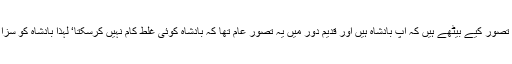
آپ یہ بھی تصور کیے بیٹھے ہیں کہ آپ بادشاہ ہیں اور قدیم دور میں یہ تصور عام تھا کہ بادشاہ کوئی غلط کام نہیں کرسکتا‘ لہٰذا بادشاہ کو سزا نہیں ملتی۔